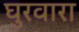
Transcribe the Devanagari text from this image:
घुरवारा